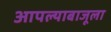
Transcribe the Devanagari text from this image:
आपल्याबाजूला